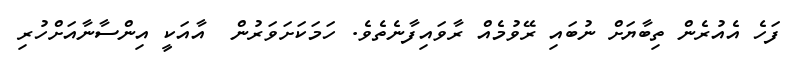
ފަހެ އެއުރެން ތިބާޔަށް ނުބައި ރޭވުމެއް ރާވައިފާނެތެވެ. ހަމަކަށަވަރުން  އާއަކީ އިންސާނާއަށްހުރި